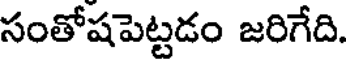
సంతోషపెట్టడం జరిగేది.